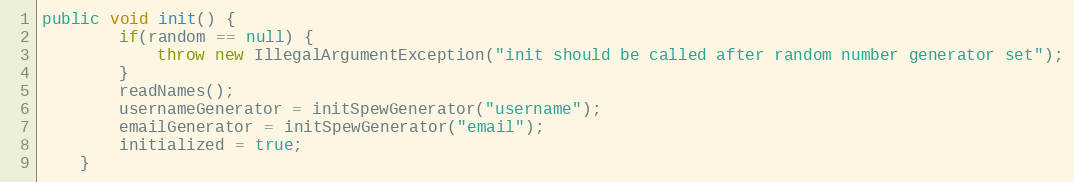
Language: Java
public void init() {
        if(random == null) {
            throw new IllegalArgumentException("init should be called after random number generator set");
        }
		readNames();
        usernameGenerator = initSpewGenerator("username");
        emailGenerator = initSpewGenerator("email");
        initialized = true;
	}